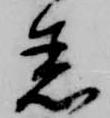
着